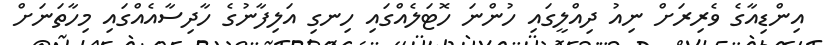
އިންޑިއާގެ ވެރިރަށް ނިއު ދިއްލީގައި ހުންނަ ހޮޓަލެއްގައި ހިނގި އަލިފާނުގެ ހާދިސާއެއްގައި މިހާތަނަށް